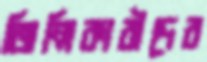
জিম্মিকারীদের